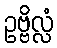
ဥဗ္ဗိလ္လံ